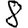
Digit: 8